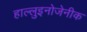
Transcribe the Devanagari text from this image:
हाल्लुइनोजेनीक